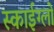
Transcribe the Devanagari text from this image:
स्काईग्लो